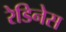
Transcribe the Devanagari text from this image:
रेडिनेस